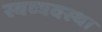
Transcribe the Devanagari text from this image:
स्वव्यवस्था